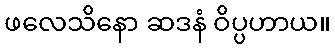
ဖလေသိနော ဆဒနံ ဝိပ္ပဟာယ။